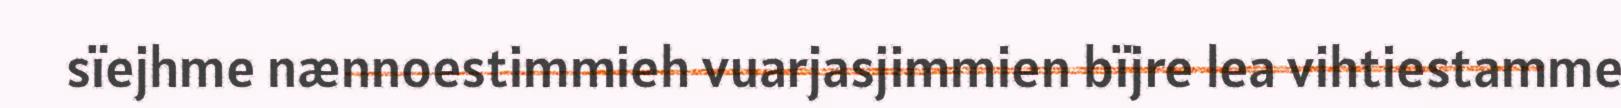
sïejhme nænnoestimmieh vuarjasjimmien bïjre lea vihtiestamme